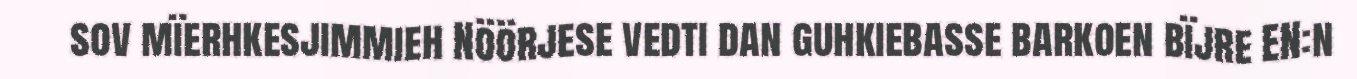
sov mïerhkesjimmieh Nöörjese vedti dan guhkiebasse barkoen bïjre EN:n